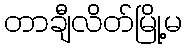
တာချီလိတ်မြို့မ